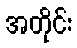
အတိုင်း